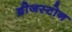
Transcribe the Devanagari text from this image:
ब्रीजस्टोन